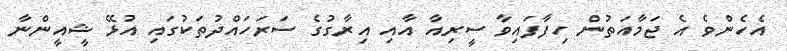
އެހެންވެ އެ ޖަމާއަތުން ހިފާފައިވާ ސީރިއާ އާއި އިރާގުގެ ސަރަހައްދުތަކުގައި އުޅޭ ޝީއީންނާ